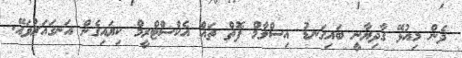
ދެން މިއުޅޭ ގާދިޔާނީ ބައިގަނޑު އިސްލާމް ފޮތް ތައް އެކްސްޓްރީމް ކިޔައިގެން އަނގަައަރުވައޭ.